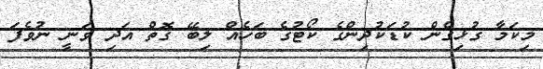
މިކަމާ ގުޅިގެން ކުޑަކުދިންގެ ކޯޓުގެ ބަހެއް ލިބޭ ގޮތް އަދި ވަނީ ނުވެފަ